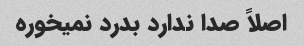
اصلاً صدا ندارد بدرد نمیخوره